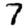
Digit: 7